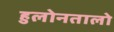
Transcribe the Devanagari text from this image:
हुलोनतालो